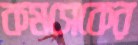
কমসেকের